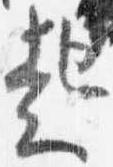
起